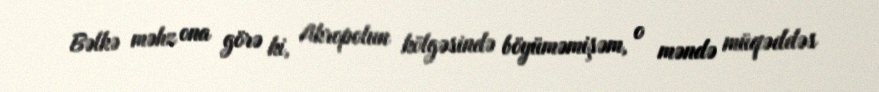
Bəlkə məhz ona görə ki, Akropolun kölgəsində böyüməmişəm, o məndə müqəddəs